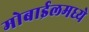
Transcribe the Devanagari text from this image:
मोबाईलमध्ये